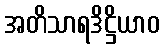
အတိသာရဒိဋ္ဌိယာဝ